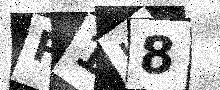
Text: P1K8